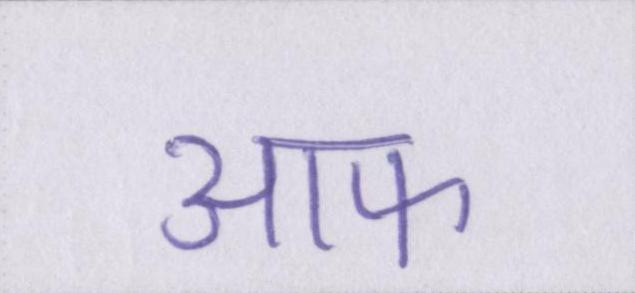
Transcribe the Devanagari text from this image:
आफ